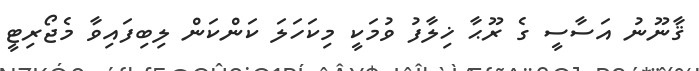
ޤާނޫނު އަސާސީ ގެ ރޫޙާ ޚިލާފު ވުމަކީ މިކަހަލަ ކަންކަން ލިބިފައިވާ މެޖޯރިޓީ